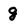
Character: g